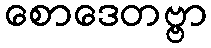
စောဒေတဗ္ဗာ